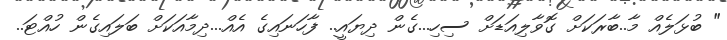
" ބުޅަލެއް މާ..ބާރަކަށް ގޮވާލިއަޑަށް ސިހި...ގެން ދިޔައީ.. ފާހަނައިގެ އެއް...ދިމާއަކަށް ބަލައިގެން ހުއްޓަ..